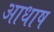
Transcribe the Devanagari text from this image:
आधाष